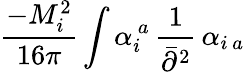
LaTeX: \frac{-M_{i}^{2}}{16\pi}\int\alpha_{i}^{\, a}\, \frac{1}{\bar{\partial}^{2}}\, \alpha_{i\, a}